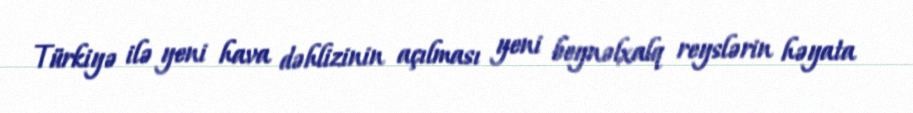
Türkiyə ilə yeni hava dəhlizinin açılması yeni beynəlxalq reyslərin həyata